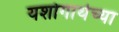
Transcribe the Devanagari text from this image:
यशोगाथेच्या